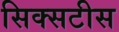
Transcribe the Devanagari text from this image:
सिक्सटीस